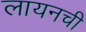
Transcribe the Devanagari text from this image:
लायनची